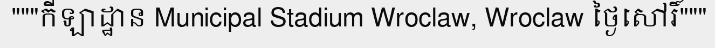
"""កីឡាដ្ឋាន Municipal Stadium Wroclaw, Wroclaw ថ្ងៃសៅរិ៍"""